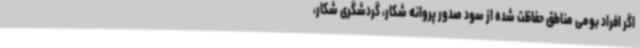
اگر افراد بومی مناطق حفاظت شده از سود صدور پروانه شکار، گردشگری شکار،